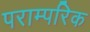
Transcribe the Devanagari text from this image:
पराम्परिक